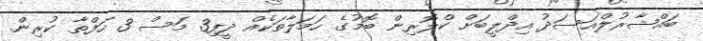
ބައްޝާރުލްއަސަދު އިދްލީބަށް ކްލޮރިން ބޮމުގެ ހަމަލާތަކެއް ދީފި3 މަސް 3 ހަފްތާ ކުރިން.